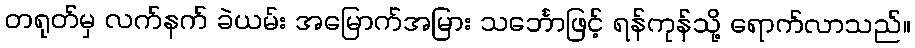
တရုတ်မှ လက်နက် ခဲယမ်း အမြောက်အမြား သင်္ဘောဖြင့် ရန်ကုန်သို့ ရောက်လာသည်။